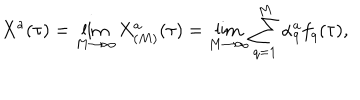
X ^ { a } ( \tau ) = \lim _ { M \rightarrow \infty } X _ { ( M ) } ^ { a } ( \tau ) = \lim _ { M \rightarrow \infty } \sum _ { q = 1 } ^ { M } \alpha _ { q } ^ { a } f _ { q } ( \tau ) ,